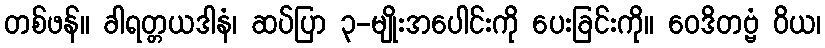
တစ်ဖန်။ ခါရတ္တယဒါနံ၊ ဆပ်ပြာ ၃-မျိုးအပေါင်းကို ပေးခြင်းကို။ ဝေဒိတဗ္ဗံ ဝိယ၊